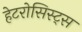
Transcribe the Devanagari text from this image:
हेटरोसिस्ट्स